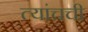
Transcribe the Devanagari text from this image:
त्यांचची